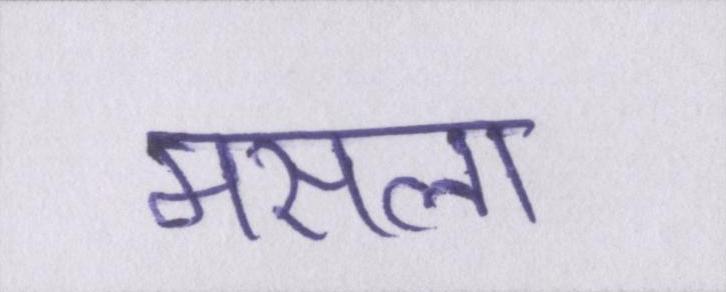
मसला